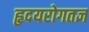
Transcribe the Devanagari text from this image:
हृदयरोगतज्ञ